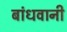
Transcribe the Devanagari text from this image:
बांधवानी